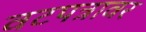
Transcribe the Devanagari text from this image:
वटपत्रावर